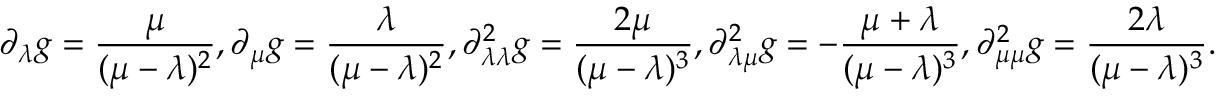
\partial _ { \lambda } g = \frac { \mu } { ( \mu - \lambda ) ^ { 2 } } , \partial _ { \mu } g = \frac { \lambda } { ( \mu - \lambda ) ^ { 2 } } , \partial _ { \lambda \lambda } ^ { 2 } g = \frac { 2 \mu } { ( \mu - \lambda ) ^ { 3 } } , \partial _ { \lambda \mu } ^ { 2 } g = - \frac { \mu + \lambda } { ( \mu - \lambda ) ^ { 3 } } , \partial _ { \mu \mu } ^ { 2 } g = \frac { 2 \lambda } { ( \mu - \lambda ) ^ { 3 } } .